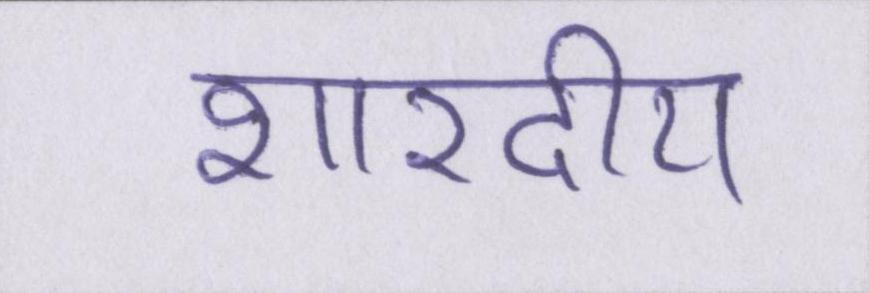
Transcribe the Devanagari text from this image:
शारदीय